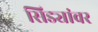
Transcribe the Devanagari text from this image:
सिड्यांवर